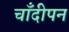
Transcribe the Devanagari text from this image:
चाँदीपन